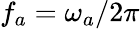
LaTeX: f_{a}=\omega_{a}/2\pi